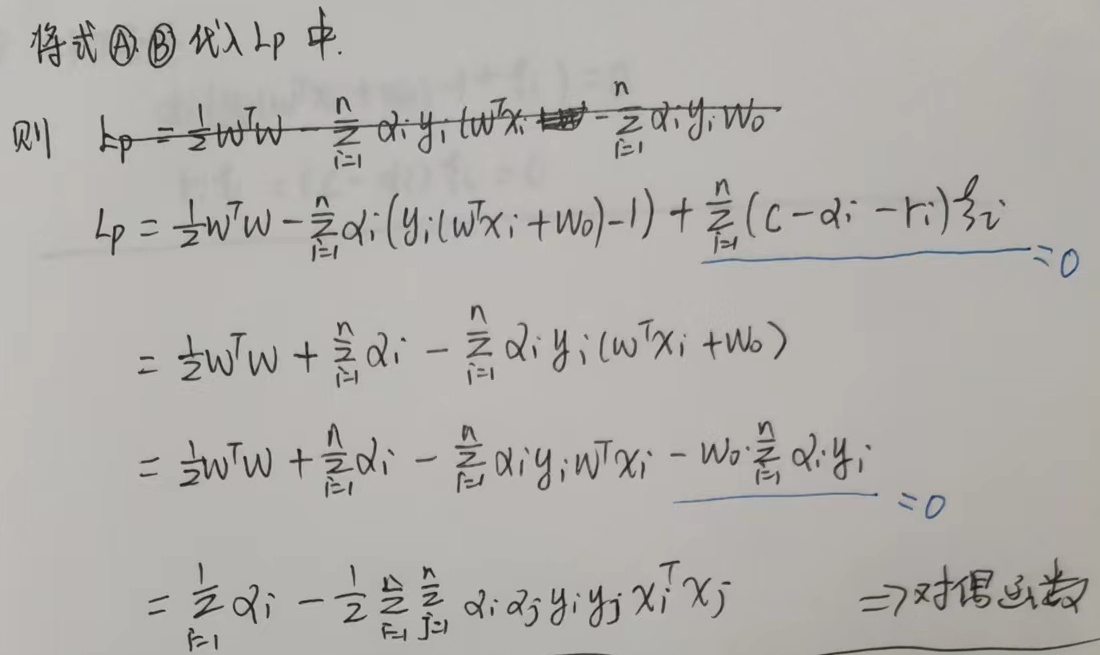
将式\textcircled{1} \textcircled{2} 代入\(l_p\)中。则
\[\begin{align*}
l_p &=\frac{1}{2}w^{T}w - \sum_{i = 1}^{n} \alpha_i y_i (w^{T}x_i  - \sum_{i = 1}^{n} \alpha_i y_i w_0)\\
l_p &=\frac{1}{2}w^{T}w-\sum_{i = 1}^{n} \alpha_i (y_i(w^{T}x_i + w_0)-1)+\sum_{i = 1}^{n} (C - \alpha_i - r_i)\xi_i\\
&=\frac{1}{2}w^{T}w+\sum_{i = 1}^{n} \alpha_i-\sum_{i = 1}^{n} \alpha_i y_i(w^{T}x_i + w_0)\\
&=\frac{1}{2}w^{T}w+\sum_{i = 1}^{n} \alpha_i-\sum_{i = 1}^{n} \alpha_i y_i w^{T}x_i - w_0\sum_{i = 1}^{n} \alpha_i y_i\\
&=\frac{1}{2}\sum_{i = 1}^{n} \alpha_i-\frac{1}{2}\sum_{i = 1}^{n}\sum_{j = 1}^{n} \alpha_i \alpha_j y_i y_j x_i^{T}x_j\quad\Rightarrow\text{对偶函数}
\end{align*}\]